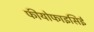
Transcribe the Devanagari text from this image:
फीयोफाइसिई